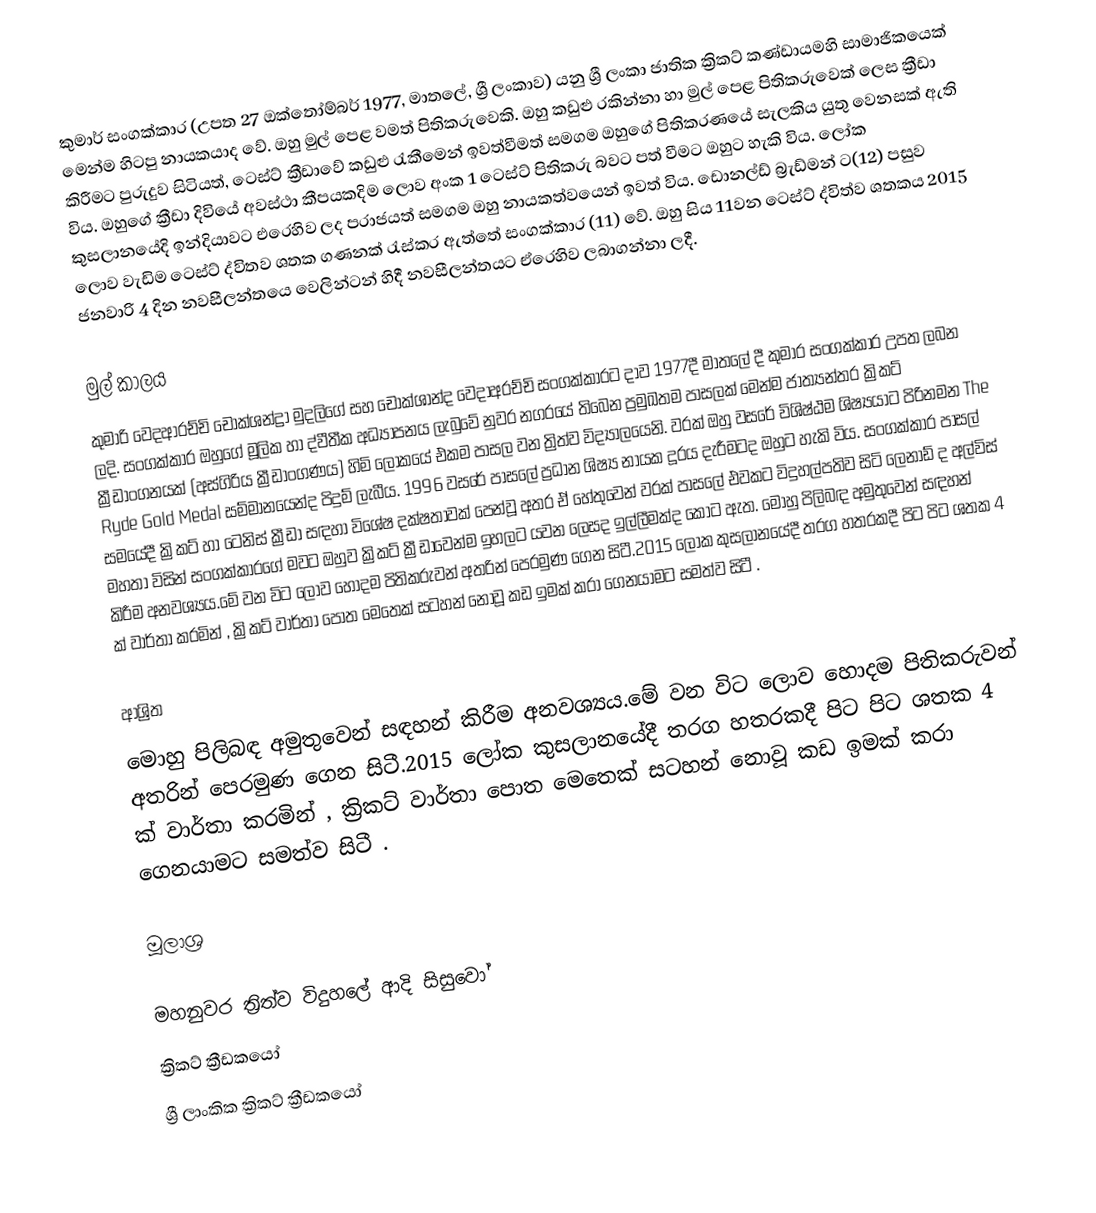
කුමාර් සංගක්කාර (උපත 27 ඔක්තෝම්බර් 1977, මාතලේ, ශ්‍රී ලංකාව) යනු ශ්‍රී ලංකා ජාතික ක්‍රිකට් කණ්ඩායමහි සාමාජිකයෙක් මෙන්ම හිටපු නායකයාද වේ. ඔහු මුල් පෙළ වමත් පිතිකරුවෙකි. ඔහු කඩුළු රකින්නා හා මුල් පෙළ පිතිකරුවෙක් ලෙස ක්‍රීඩා කිරීමට පුරුදුව සිටියත්, ටෙස්ට් ක්‍රීඩාවේ කඩුළු රැකීමෙන් ඉවත්වීමත් සමගම ඔහුගේ පිතිකරණයේ සැලකිය යුතු වෙනසක් ඇති විය. ඔහුගේ ක්‍රීඩා දිවියේ අවස්ථා කීපයකදිම ලොව අංක 1 ටෙස්ට් පිතිකරු බවට පත් වීමට ඔහුට හැකි විය. ලෝක කුසලානයේදි ඉන්දියාවට එරෙහිව ලද පරාජයත් සමගම ඔහු නායකත්වයෙන් ඉවත් විය. ඩොනල්ඩ් බ්‍රැඩ්මන් ට(12)  පසුව ලොව වැඩිම ටෙස්ට් ද්විතව ශතක ගණනක් රැස්කර ඇත්තේ සංගක්කාර (11) වේ. ඔහු සිය 11වන ටෙස්ට් ද්විත්ව ශතකය 2015 ජනවාරි  4 දින නවසීලන්තයෙ වෙලින්ටන් හිදී නවසීලන්තයට ඒරෙහිව ලබාගන්නා ලදී.

මුල් කාලය
කුමාරි වෙදආරච්චි චොක්ශන්ද්‍රා මුදලිගේ සහ චොක්ශාන්ද වෙදාඅරච්චි සංගක්කාරට දාව 1977දී මාතලේ දී කුමාර සංගක්කාර උපත ලබන ලදි. සංගක්කාර ඔහුගේ මූලික හා ද්වීතීක අධ්‍යාපනය ලැබුවේ නුවර නගරයේ තිබෙන ප්‍රමුඛතම පාසලක් මෙන්ම ජාත්‍යන්තර ක්‍රිකට් ක්‍රීඩාංගනයක් (අස්ගිරිය ක්‍රීඩාංගණය) හිමි ලෝකයේ එකම පාසල වන ත්‍රිත්ව විද්‍යාලයෙනි. වරක් ඔහු වසරේ විශිෂ්ඨම ශිෂ්‍යයාට පිරිනමන The Ryde Gold Medal සම්මානයෙන්ද පිදුම් ලැබීය. 1996 වසරේ පාසලේ ප්‍රධාන ශිෂ්‍ය නායක දූරය දැරීමටද ඔහුට හැකි විය. සංගක්කාර පාසල් සමයේදී ක්‍රිකට් හා ටෙනිස් ක්‍රීඩා සඳහා විශේෂ දක්ෂතාවක් පෙන්වූ අතර ඒ හේතුවෙන් වරක් පාසලේ එවකට විදුහල්පතිව සිටි ලෙනාඩ් ද අල්විස් මහතා විසින් සංගක්කාරගේ මවට ඔහුව ක්‍රිකට් ක්‍රීඩාවෙන්ම ඉහලට යවන ලෙසද ඉල්ලීමක්ද කොට ඇත. මොහු පිලිබඳ අමුතුවෙන් සඳහන් කිරීම අනවශ්‍යය.මේ වන විට ලොව හොදම පිතිකරුවන් අතරින් පෙරමුණ ගෙන සිටී.2015 ලෝක කුසලානයේදී තරග හතරකදී පිට පිට ශතක 4 ක් වාර්තා කරමින් , ක්‍රිකට් වාර්තා පොත  මෙතෙක් සටහන් නොවූ කඩ ඉමක් කරා ගෙනයාමට සමත්ව සිටී .

ආශ්‍රිත
මොහු පිලිබඳ අමුතුවෙන් සඳහන් කිරීම අනවශ්‍යය.මේ වන විට ලොව හොදම පිතිකරුවන් අතරින් පෙරමුණ ගෙන සිටී.2015 ලෝක කුසලානයේදී තරග හතරකදී පිට පිට ශතක 4 ක් වාර්තා කරමින් , ක්‍රිකට් වාර්තා පොත  මෙතෙක් සටහන් නොවූ කඩ ඉමක් කරා ගෙනයාමට සමත්ව සිටී .

මූලාශ්‍ර

මහනුවර ත්‍රිත්ව විදුහලේ ආදි සිසුවෝ
ක්‍රිකට් ක්‍රීඩකයෝ
ශ්‍රී ලාංකික ක්‍රිකට් ක්‍රීඩකයෝ